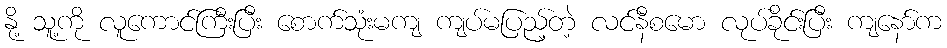
နို့ သူ့ကို လူကောင်ကြီးပြီး စောက်သုံးမကျ ကျပ်မပြည့်တဲ့ လင်နီစမော လုပ်ခိုင်းပြီး ကျနော်က